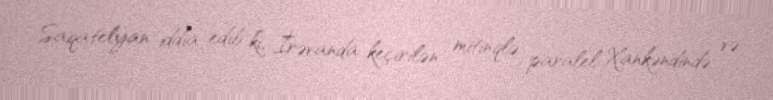
Saqatelyan iddia edib ki, İrəvanda keçirilən mitinqlə paralel Xankəndində və